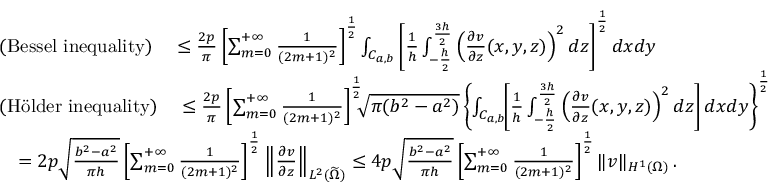
\begin{array} { r l } & { \quad \mathrm { ( B e s s e l ~ i n e q u a l i t y ) } \quad \le \frac { 2 p } \pi \left[ \sum _ { m = 0 } ^ { + \infty } \frac { 1 } { ( 2 m + 1 ) ^ { 2 } } \right] ^ { \frac 1 2 } \int _ { C _ { a , b } } \left[ \frac 1 h \int _ { - \frac h 2 } ^ { \frac { 3 h } { 2 } } \left( \frac { \partial v } { \partial z } ( x , y , z ) \right) ^ { 2 } d z \right] ^ { \frac 1 2 } d x d y } \\ & { \quad \mathrm { ( H \" o l d e r ~ i n e q u a l i t y ) } \quad \le \frac { 2 p } \pi \left[ \sum _ { m = 0 } ^ { + \infty } \frac { 1 } { ( 2 m + 1 ) ^ { 2 } } \right] ^ { \frac 1 2 } \! \! \! \sqrt { \pi ( b ^ { 2 } - a ^ { 2 } ) } \left\{ \int _ { C _ { a , b } } \! \! \left[ \frac 1 h \int _ { - \frac h 2 } ^ { \frac { 3 h } { 2 } } \left( \frac { \partial v } { \partial z } ( x , y , z ) \right) ^ { 2 } d z \right] d x d y \right\} ^ { \frac 1 2 } } \\ & { \qquad = 2 p \sqrt { \frac { b ^ { 2 } - a ^ { 2 } } { \pi h } } \left[ \sum _ { m = 0 } ^ { + \infty } \frac { 1 } { ( 2 m + 1 ) ^ { 2 } } \right] ^ { \frac 1 2 } \left\| \frac { \partial v } { \partial z } \right\| _ { L ^ { 2 } ( \widetilde \Omega ) } \le 4 p \sqrt { \frac { b ^ { 2 } - a ^ { 2 } } { \pi h } } \left[ \sum _ { m = 0 } ^ { + \infty } \frac { 1 } { ( 2 m + 1 ) ^ { 2 } } \right] ^ { \frac 1 2 } \| v \| _ { H ^ { 1 } ( \Omega ) } \, . } \end{array}